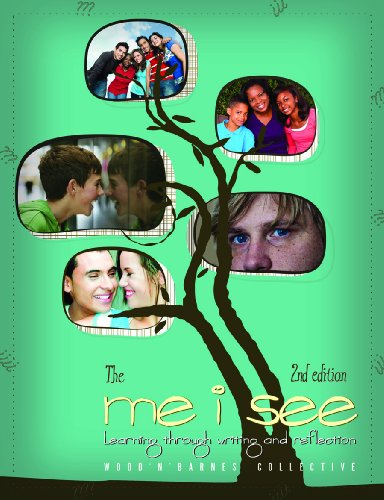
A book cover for The Me I See, 2nd Edition: Learning Through Writing and Reflection; The Wood 'N' Barnes Collective; Teen & Young Adult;